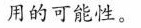
用的可能性。